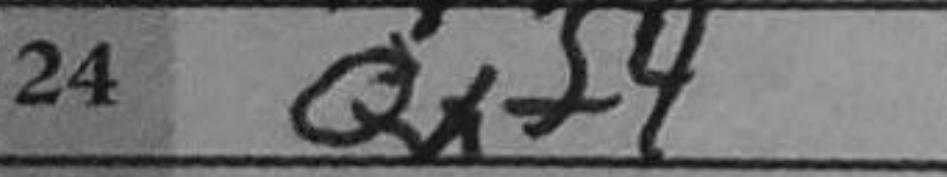
Transcription: Qxf4